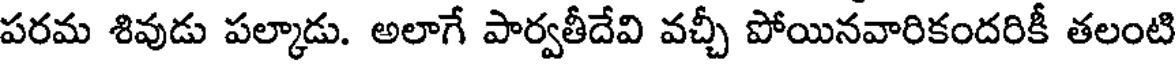
పరమ శివుడు పల్కాడు. అలాగే పార్వతీదేవి వచ్చీ పోయినవారికందరికీ తలంటి